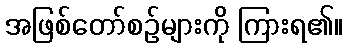
အဖြစ်တော်စဉ်များကို ကြားရ၏။